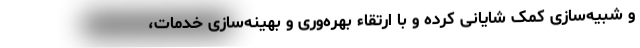
و شبیه‌سازی کمک شایانی کرده و با ارتقاء بهره‌وری و بهینه‌سازی خدمات،